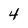
Character: 4